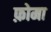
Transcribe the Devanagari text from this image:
फ़ोमा